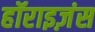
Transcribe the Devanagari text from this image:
हॉराइज़ंस